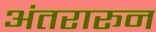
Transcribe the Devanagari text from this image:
अंतरारून